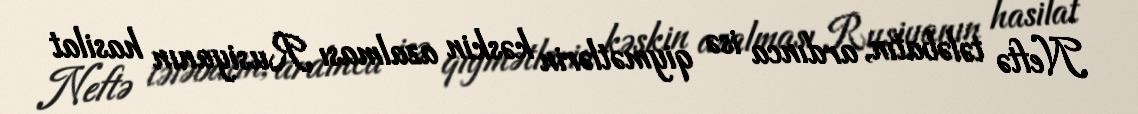
Neftə tələbatın, ardınca isə qiymətlərin kəskin azalması Rusiyanın hasilat